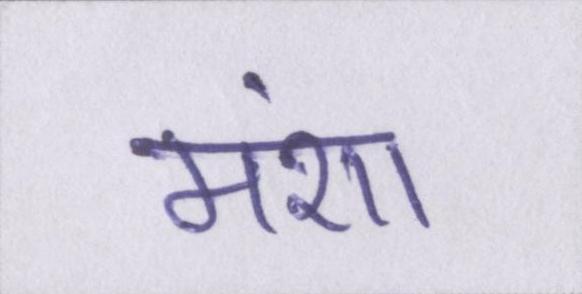
मंशा